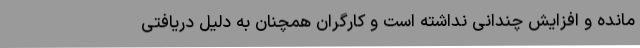
مانده و افزایش چندانی نداشته است و کارگران همچنان به دلیل دریافتی